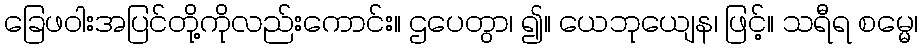
ခြေဖဝါးအပြင်တို့ကိုလည်းကောင်း။ ဌပေတွာ၊ ၍။ ယေဘုယျေန၊ ဖြင့်။ သရီရ စမ္မေ၊